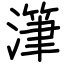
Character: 潷